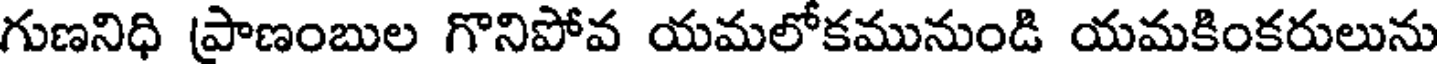
గుణనిధి ప్రాణంబుల గొనిపోవ యమలోకమునుండి యమకింకరులును